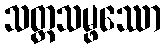
သတ္ထသမ္ဖဿော